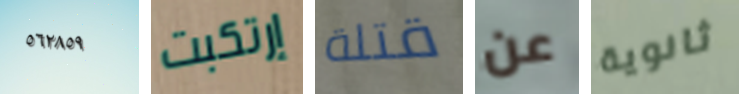
٥٦٢٨٥٩ إرتكبت قتلة عن ثانوية